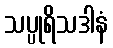
သပ္ပုရိသဒါနံ